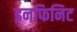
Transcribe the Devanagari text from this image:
इनफिनिट